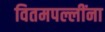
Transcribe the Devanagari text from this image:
वितमपल्लींना